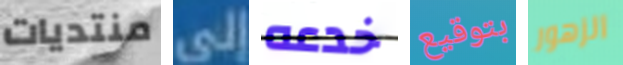
منتديات إلى خدعه بتوقيع الزهور